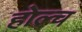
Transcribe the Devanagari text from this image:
होल्च